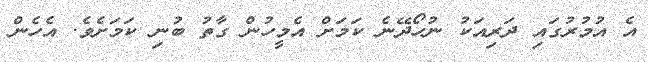
އެ އުމުރުގައި ދަރިއަކު ނުހޯދޭނެ ކަމަށް އެމީހުން ގާތު ބުނި ކަމަށެވެ. އެހެން